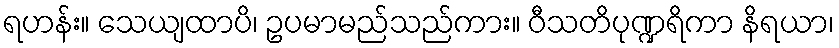
ရဟန်း။ သေယျထာပိ၊ ဥပမာမည်သည်ကား။ ဝီသတိပုဏ္ဍရိကာ နိရယာ၊